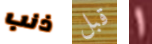
ذنب قبل 1